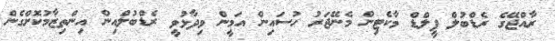
ރާއްޖޭގެ ރެޑްބުލް ފީލްޑް މާކެޓިން މެނޭޖަރު ހުސައިން އަމީން ވިދާޅުވީ ރެޑްބުލްއިން އިންތިޒާމުކޮށްގެން